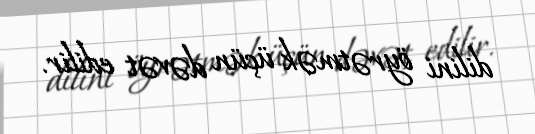
dilini öyrətmək üçün dəvət edilir.